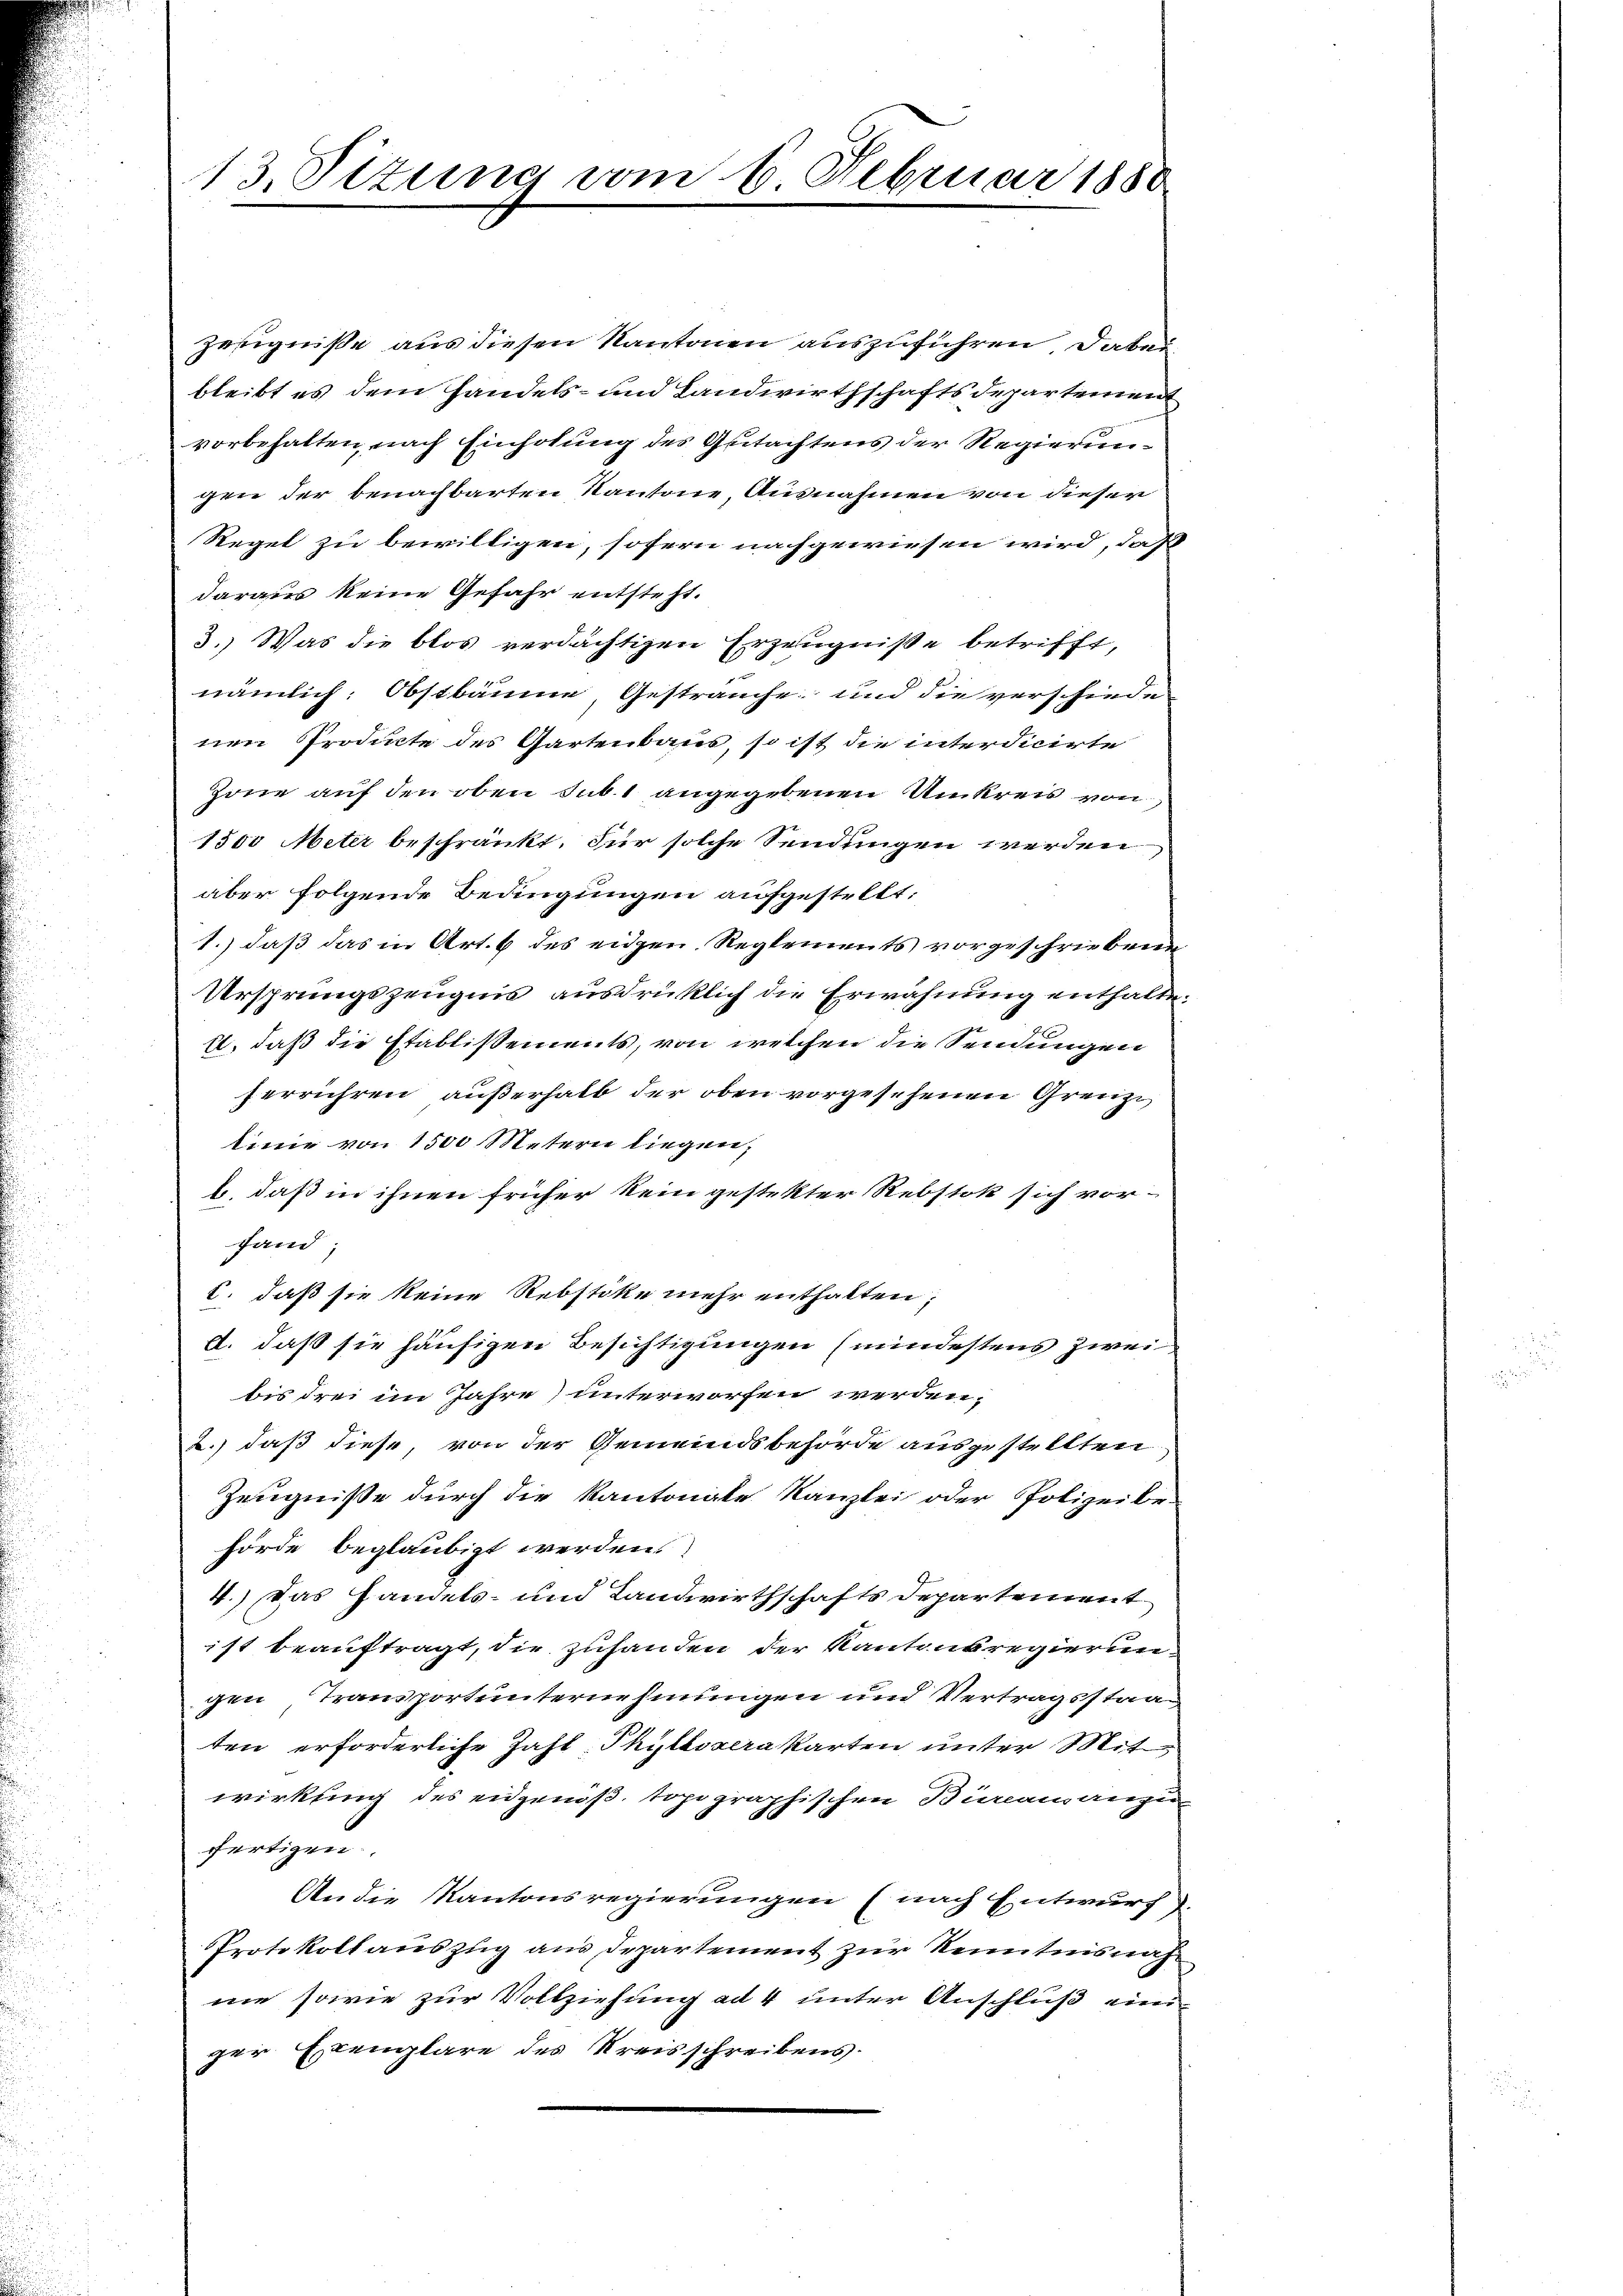
zeugniße aus diesen Kantonen auszuführen, dabei
bleibt es dem Handels- und Landwirthschaftsdepartement
vorbehalten, nach Einholung des Gutachtens der Regierungen der benachbarten Kantone, Ausnahmen von dieser
Regel zu bewilligen, sofern nachgewiesen wird, daß
daraus keine Gefahr entsteht.
3.) Was die blos verdächtigen Erzeugniße betrifft,
nämlich: Obstbäume, Gestrauche und die verschiede-
nen Producte des Gartenbaus, so ist die interdicirte
Zone auf den oben sub. 1 angegebenen Umkreis von
1500 Meter beschränkt. Für solche Sendungen werden
aber folgende Bedingungen aufgestellt:
1.) daß das in Art. 6 des eidgen. Reglements vorgeschriebene
Ursprungszeugnis ausdrücklich die Erwähnung enthalte.
l, daß die Etablissements, von welchen die Sendungen
serrühren außerhalb der oben vorgesehenen Grenze
linie von 1500 Metern liegen,
1., daß in ihnen früher kein gestetter Rebstok sich vorfand;
c. daß sie keine Rebstöke mehr enthalten,
a. daß sie häufigen Besichtigungen (mindestens zwei
bis drei im Jahre) unterworfen werden,
2.) daß diese, von der Gemeindsbehörde ausgestellten
Zeugnisse durch die Kantonale Kanzlei oder Polizeibe-
hörde beglaubigt werden.
4.) Das Handels- und Landwirthschafts Departement
ist beauftragt, die zuhanden der Kantonsregierungen Transportunternehmungen und Vertragsstaag
ten erforderliche Zahl-Phylloserakarten unter Mitwirkung des eidgenöß, topographischen Bürcanangen
fertigen.
An die Kantonsregierungen (nach Entwurf)
Protokollauszug aus Departement zur Kenntnisnah
nie sowie zur Vollziehung ad 4 unter Anschluß einen
ger Exemplare des Kreisschreibens.

13. Sizung vom 6. Februar 1880